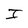
Character: I